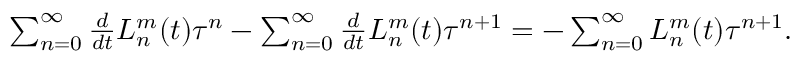
\begin{array} { r } { \sum _ { n = 0 } ^ { \infty } \frac { d } { d t } L _ { n } ^ { m } ( t ) \tau ^ { n } - \sum _ { n = 0 } ^ { \infty } \frac { d } { d t } L _ { n } ^ { m } ( t ) \tau ^ { n + 1 } = - \sum _ { n = 0 } ^ { \infty } L _ { n } ^ { m } ( t ) \tau ^ { n + 1 } . } \end{array}